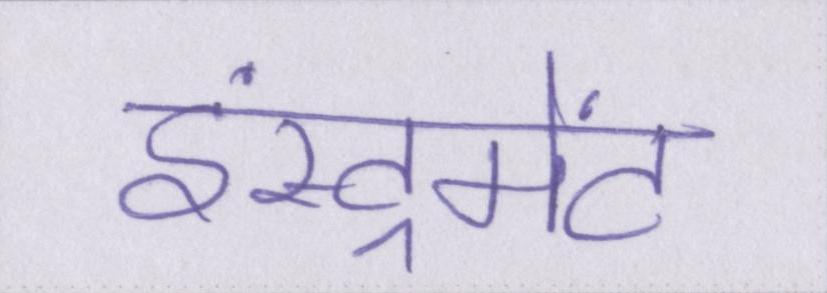
इंस्ट्रूमेंट